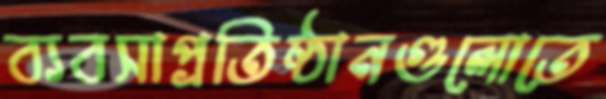
ব্যবসাপ্রতিষ্ঠানগুলোতে